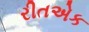
રીતએક